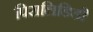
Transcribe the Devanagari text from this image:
पिरालिडिडी